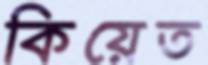
কিয়েত